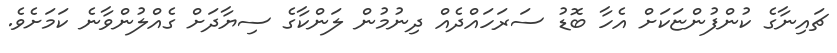
ޗައިނާގެ ކުންފުންޏަކަށް އެހާ ބޮޑު ސަރަހައްދެއް ދިނުމުން ލަންކާގެ ސިޔާދަށް ގެއްލުންވާނެ ކަމަށެވެ.